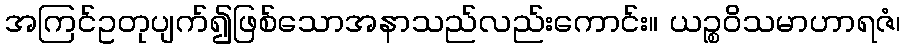
အကြင်ဥတုပျက်၍ဖြစ်သောအနာသည်လည်းကောင်း။ ယဉ္စဝိသမာဟာရဇံ၊